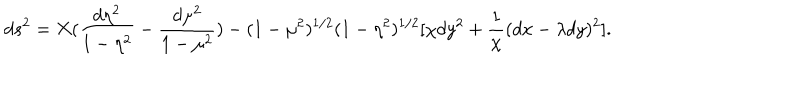
d s ^ { 2 } = X ( \frac { d \eta ^ { 2 } } { 1 - \eta ^ { 2 } } - \frac { d \mu ^ { 2 } } { 1 - \mu ^ { 2 } } ) - ( 1 - \mu ^ { 2 } ) ^ { 1 / 2 } ( 1 - \eta ^ { 2 } ) ^ { 1 / 2 } [ \chi d y ^ { 2 } + \frac { 1 } { \chi } ( d x - \lambda d y ) ^ { 2 } ] .